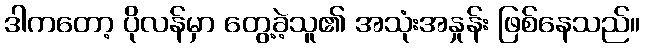
ဒါကတော့ ပိုလန်မှာ တွေ့ခဲ့သူ၏ အသုံးအနှုန်း ဖြစ်နေသည်။